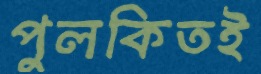
পুলকিতই